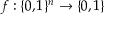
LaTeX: f : \{ 0 , 1 \} ^ { n } \rightarrow \{ 0 , 1 \}